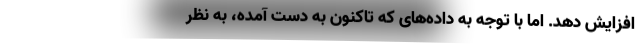
افزایش دهد. اما با توجه به داده‌های که تاکنون به دست آمده، به نظر